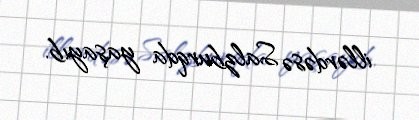
illərdəsə Salzburqda yaşayıb.